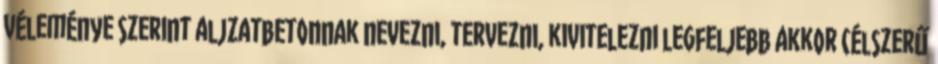
véleménye szerint aljzatbetonnak nevezni, tervezni, kivitelezni legfeljebb akkor célszerű